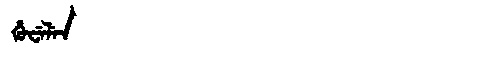
Manchu: ᡥᡠᠸᡝᠯᡝᠨ
Romanization: HUWELEN